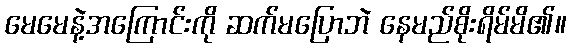
မေမေနဲ့အကြောင်းကို ဆက်မပြောဘဲ နေမည်စိုးရိမ်မိ၏။